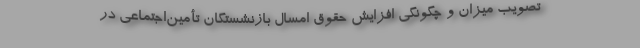
تصویب میزان و چگونگی افزایش حقوق امسال بازنشستگان تأمین‌اجتماعی در